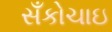
સઁકોચાઇ